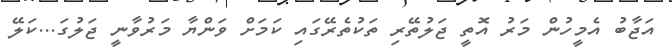
އަޖާބު އެމީހުން މަރު އޮތީ ޖަލުތޭރި ތަކުތެރޭގައި ކަމަށް ވަންޔާ މަރުވާނީ ޖަލުގަ...ކަލޭ